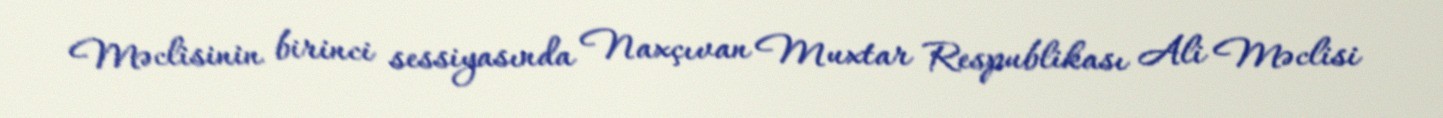
Məclisinin birinci sessiyasında Naxçıvan Muxtar Respublikası Ali Məclisi